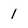
Character: 1